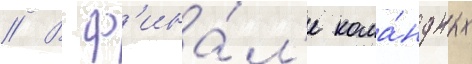
// В ф'ина́л'е кома́ндных